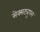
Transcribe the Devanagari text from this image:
सेक्सट्युपल